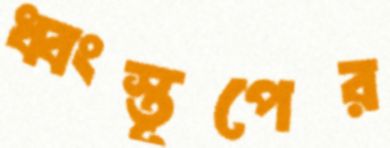
ধ্বংস্তূপের